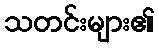
သတင်းများ၏